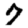
Digit: 7